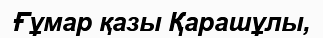
Ғұмар қазы Қарашұлы,